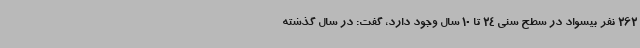
262 نفر بیسواد در سطح سنی 24 تا 10 سال وجود دارد، گفت: در سال گذشته